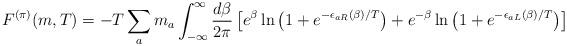
LaTeX: \begin{align*}F^{(\pi)} (m,T)= - T \sum_a m_a \int_{-\infty}^{\infty} \frac{d\beta}{2\pi} \left[e^{\beta}\ln\left( 1 + e^{-\epsilon_{aR}(\beta)/T}\right)+ e^{-\beta}\ln\left( 1 + e^{-\epsilon_{aL}(\beta)/T}\right)\right]\end{align*}